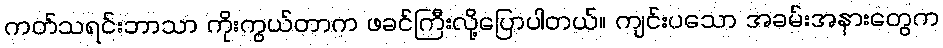
ကတ်သရင်းဘာသာ ကိုးကွယ်တာက ဖခင်ကြီးလို့ပြောပါတယ်။ ကျင်းပသော အခမ်းအနားတွေက